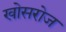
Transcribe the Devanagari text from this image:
खोसरोज